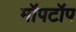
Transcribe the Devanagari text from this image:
मॉपटॉप